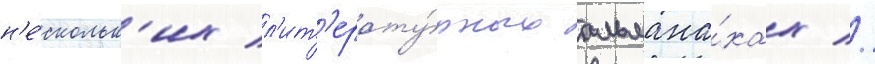
н'е́скольк'их л'ит'ерату́рных альмана́хах //